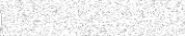
٣١